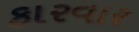
કારવાર